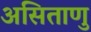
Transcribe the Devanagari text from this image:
असिताणु